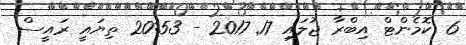
6 ކޮމެންޓް އިބްރާ ޖުލައި 17